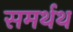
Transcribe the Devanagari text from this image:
समर्थथ